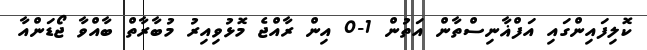
ކޮލިފައިންގައި އަފްޣާނިސްތާން އަތުން 1-0 އިން ރާއްޖެ މޮޅުވިއިރު މުބާރާތް ބާއްވާ ޖޯޑަންއާ